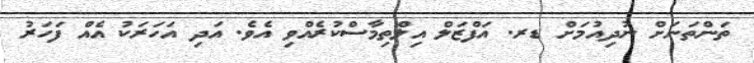
ތަންތަނަށް ނުދިއުމަށް ޑރ. އަފްޒަލް އިލްތިމާސްކުރެއްވި އެވެ. އަދި އަހަރަކު އެއް ފަހަރު